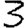
Digit: 3